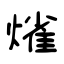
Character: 熦